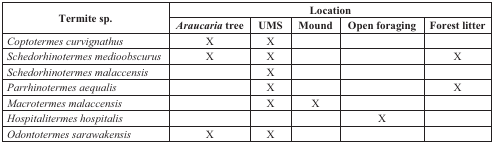
<table><thead><tr><td rowspan="2"><b>Termite sp.</b></td><td colspan="5"><b>Location</b></td></tr><tr><td><b><i>Araucaria</i> tree</b></td><td><b>UMS</b></td><td><b>Mound</b></td><td><b>Open foraging</b></td><td><b>Forest litter</b></td></tr></thead><tbody><tr><td><i>Coptotermes curvignathus</i></td><td>X</td><td>X</td><td></td><td></td><td></td></tr><tr><td><i>Schedorhinotermes medioobscurus</i></td><td>X</td><td>X</td><td></td><td></td><td>X</td></tr><tr><td><i>Schedorhinotermes malaccensis</i></td><td></td><td>X</td><td></td><td></td><td></td></tr><tr><td><i>Parrhinotermes aequalis</i></td><td></td><td>X</td><td></td><td></td><td>X</td></tr><tr><td><i>Macrotermes malaccensis</i></td><td></td><td>X</td><td>X</td><td></td><td></td></tr><tr><td><i>Hospitalitermes hospitalis</i></td><td></td><td></td><td></td><td>X</td><td></td></tr><tr><td><i>Odontotermes sarawakensis</i></td><td>X</td><td>X</td><td></td><td></td><td></td></tr></tbody></table>